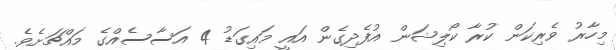
މިހާރު ވެރިކަން ކުރާ ކޯލިޝަން އުފެދިގެން އައީ މައިގަޑު 4 އަސާސެއްގެ މައްޗަށެވެ.